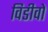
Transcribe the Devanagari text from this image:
विडीवो